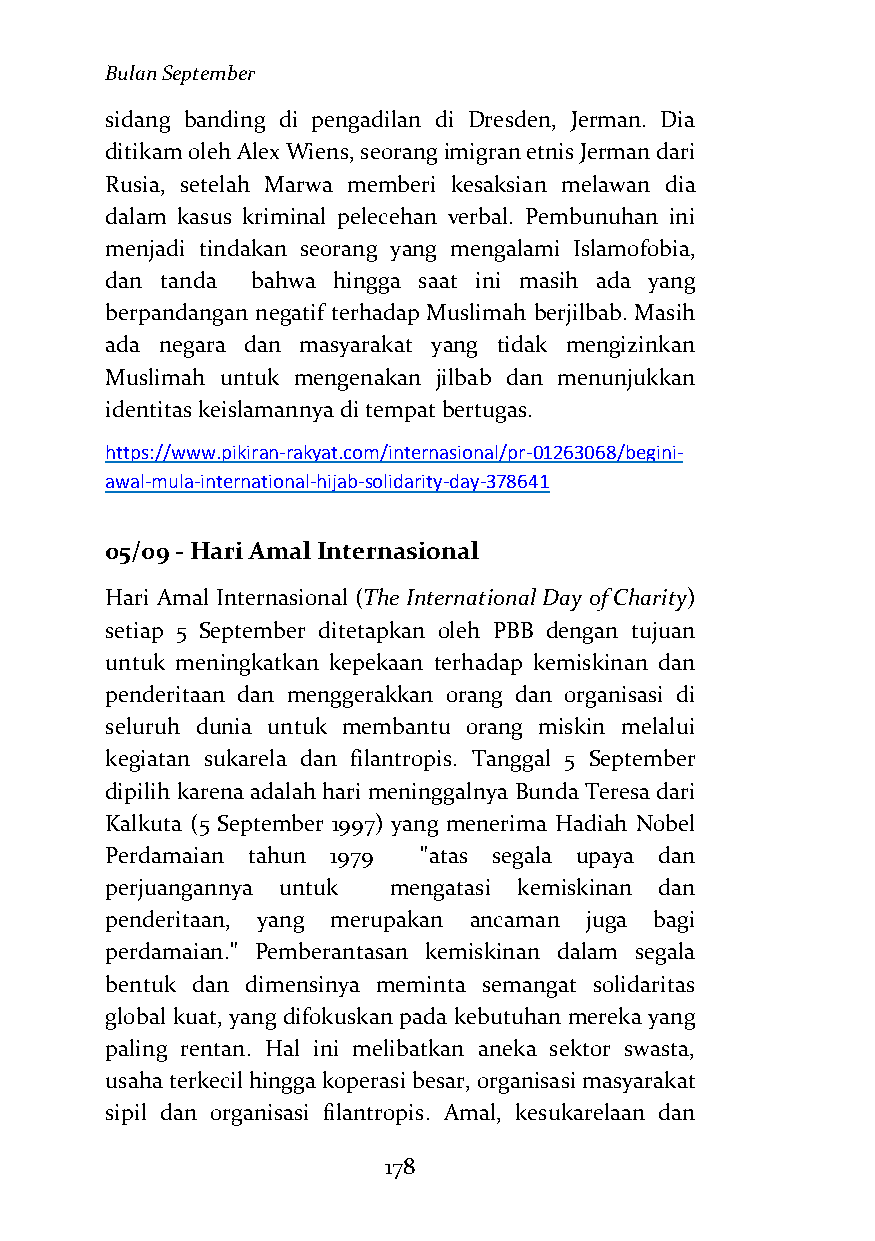
Bulan September
 sidang banding di pengadilan di Dresden, Jerman. Dia
 ditikam oleh Alex Wiens, seorang imigran etnis Jerman dari
 Rusia, setelah Marwa memberi kesaksian melawan dia
 dalam kasus kriminal pelecehan verbal. Pembunuhan ini
 menjadi tindakan seorang yang mengalami Islamofobia,
 dan tanda bahwa hingga saat ini masih ada yang
 berpandangan negatif terhadap Muslimah berjilbab. Masih
 ada negara dan masyarakat yang tidak mengizinkan
 Muslimah untuk mengenakan jilbab dan menunjukkan
 identitas keislamannya di tempat bertugas.
 https://www.pikiran-rakyat.com/internasional/pr-01263068/begini-
 awal-mula-international-hijab-solidarity-day-378641
 05/09 - Hari Amal Internasional
 Hari Amal Internasional (The International Day of Charity)
 setiap 5 September ditetapkan oleh PBB dengan tujuan
 untuk meningkatkan kepekaan terhadap kemiskinan dan
 penderitaan dan menggerakkan orang dan organisasi di
 seluruh dunia untuk membantu orang miskin melalui
 kegiatan sukarela dan filantropis. Tanggal 5 September
 dipilih karena adalah hari meninggalnya Bunda Teresa dari
 Kalkuta (5 September 1997) yang menerima Hadiah Nobel
 Perdamaian tahun 1979 "atas segala upaya dan
 perjuangannya untuk mengatasi kemiskinan dan
 penderitaan, yang merupakan ancaman juga bagi
 perdamaian." Pemberantasan kemiskinan dalam segala
 bentuk dan dimensinya meminta semangat solidaritas
 global kuat, yang difokuskan pada kebutuhan mereka yang
 paling rentan. Hal ini melibatkan aneka sektor swasta,
 usaha terkecil hingga koperasi besar, organisasi masyarakat
 sipil dan organisasi filantropis. Amal, kesukarelaan dan
 178